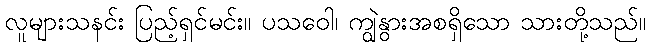
လူများသနင်း ပြည့်ရှင်မင်း။ ပသဝေါ၊ ကျွဲနွားအစရှိသော သားတို့သည်။